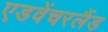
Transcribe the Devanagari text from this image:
एडवेंचरलैंड